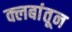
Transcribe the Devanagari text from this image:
क्लबांतून